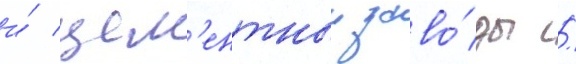
и́ цем'ентныи заво́ды /